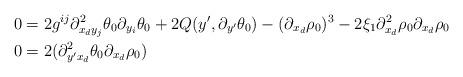
LaTeX: \begin{align*} 0&=2g^{ij}\partial^2_{x_dy_j}\theta_0\partial_{y_i}\theta_0+2Q(y',\partial_{y'}\theta_0)-(\partial_{x_d}\rho_0)^3-2\xi_1 \partial^2_{x_d}\rho_0\partial_{x_d}\rho_0\\0&=2(\partial^2_{y'x_d}\theta_0\partial_{x_d}\rho_0)\end{align*}